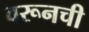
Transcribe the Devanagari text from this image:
वरूनची